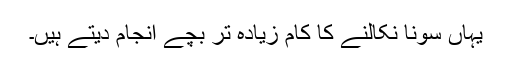
یہاں سونا نکالنے کا کام زیادہ تر بچے انجام دیتے ہیں۔